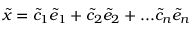
\tilde { x } = \tilde { c } _ { 1 } \tilde { e } _ { 1 } + \tilde { c } _ { 2 } \tilde { e } _ { 2 } + . . . \tilde { c } _ { n } \tilde { e } _ { n }